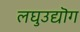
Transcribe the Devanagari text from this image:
लघुउद्यॊग